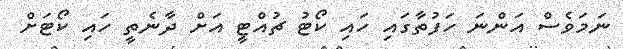
ނަމަވެސް އަންނަ ހަފުތާގައި ހައި ކޯޓު ޗުއްޓީ އަށް ދާނެތީ ހައި ކޯޓަށް